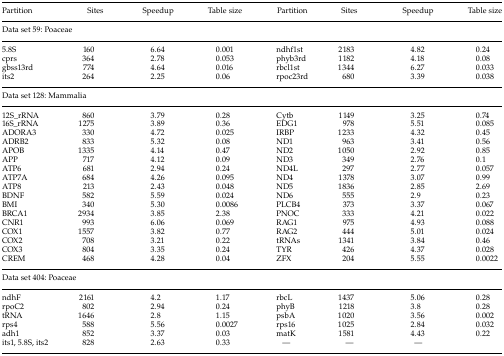
<table><thead><tr><td><b>Partition</b></td><td><b>Sites</b></td><td><b>Speedup</b></td><td><b>Table size</b></td><td><b>Partition</b></td><td><b>Sites</b></td><td><b>Speedup</b></td><td><b>Table size</b></td></tr><tr><td colspan="8"><b>Data set 59: Poaceae</b></td></tr></thead><tbody><tr><td>5.8S</td><td>160</td><td>6.64</td><td>0.001</td><td>ndhf1st</td><td>2183</td><td>4.82</td><td>0.24</td></tr><tr><td>cprs</td><td>364</td><td>2.78</td><td>0.053</td><td>phyb3rd</td><td>1182</td><td>4.18</td><td>0.08</td></tr><tr><td>gbss13rd</td><td>774</td><td>4.64</td><td>0.016</td><td>rbcl1st</td><td>1344</td><td>6.27</td><td>0.033</td></tr><tr><td>its2</td><td>264</td><td>2.25</td><td>0.06</td><td>rpoc23rd</td><td>680</td><td>3.39</td><td>0.038</td></tr><tr><td colspan="8">Data set 128: Mammalia</td></tr><tr><td>12S_rRNA</td><td>860</td><td>3.79</td><td>0.28</td><td>Cytb</td><td>1149</td><td>3.25</td><td>0.74</td></tr><tr><td>16S_rRNA</td><td>1275</td><td>3.89</td><td>0.36</td><td>EDG1</td><td>978</td><td>5.51</td><td>0.085</td></tr><tr><td>ADORA3</td><td>330</td><td>4.72</td><td>0.025</td><td>IRBP</td><td>1233</td><td>4.32</td><td>0.45</td></tr><tr><td>ADRB2</td><td>833</td><td>5.32</td><td>0.08</td><td>ND1</td><td>963</td><td>3.41</td><td>0.56</td></tr><tr><td>APOB</td><td>1335</td><td>4.14</td><td>0.47</td><td>ND2</td><td>1050</td><td>2.92</td><td>0.85</td></tr><tr><td>APP</td><td>717</td><td>4.12</td><td>0.09</td><td>ND3</td><td>349</td><td>2.76</td><td>0.1</td></tr><tr><td>ATP6</td><td>681</td><td>2.94</td><td>0.24</td><td>ND4L</td><td>297</td><td>2.77</td><td>0.057</td></tr><tr><td>ATP7A</td><td>684</td><td>4.26</td><td>0.095</td><td>ND4</td><td>1378</td><td>3.07</td><td>0.99</td></tr><tr><td>ATP8</td><td>213</td><td>2.43</td><td>0.048</td><td>ND5</td><td>1836</td><td>2.85</td><td>2.69</td></tr><tr><td>BDNF</td><td>582</td><td>5.59</td><td>0.024</td><td>ND6</td><td>555</td><td>2.9</td><td>0.23</td></tr><tr><td>BMI</td><td>340</td><td>5.30</td><td>0.0086</td><td>PLCB4</td><td>373</td><td>3.37</td><td>0.067</td></tr><tr><td>BRCA1</td><td>2934</td><td>3.85</td><td>2.38</td><td>PNOC</td><td>333</td><td>4.21</td><td>0.022</td></tr><tr><td>CNR1</td><td>993</td><td>6.06</td><td>0.069</td><td>RAG1</td><td>975</td><td>4.93</td><td>0.088</td></tr><tr><td>COX1</td><td>1557</td><td>3.82</td><td>0.77</td><td>RAG2</td><td>444</td><td>5.01</td><td>0.024</td></tr><tr><td>COX2</td><td>708</td><td>3.21</td><td>0.22</td><td>tRNAs</td><td>1341</td><td>3.84</td><td>0.46</td></tr><tr><td>COX3</td><td>804</td><td>3.35</td><td>0.24</td><td>TYR</td><td>426</td><td>4.37</td><td>0.028</td></tr><tr><td>CREM</td><td>468</td><td>4.28</td><td>0.04</td><td>ZFX</td><td>204</td><td>5.55</td><td>0.0022</td></tr><tr><td colspan="8">Data set404: Poaceae</td></tr><tr><td>ndhF</td><td>2161</td><td>4.2</td><td>1.17</td><td>rbcL</td><td>1437</td><td>5.06</td><td>0.28</td></tr><tr><td>rpoC2</td><td>802</td><td>2.94</td><td>0.24</td><td>phyB</td><td>1218</td><td>3.8</td><td>0.28</td></tr><tr><td>tRNA</td><td>1646</td><td>2.8</td><td>1.15</td><td>psbA</td><td>1020</td><td>3.56</td><td>0.002</td></tr><tr><td>rps4</td><td>588</td><td>5.56</td><td>0.0027</td><td>rps16</td><td>1025</td><td>2.84</td><td>0.032</td></tr><tr><td>adh1</td><td>852</td><td>3.37</td><td>0.03</td><td>matK</td><td>1581</td><td>4.43</td><td>0.22</td></tr><tr><td>its1, 5.8S, its2</td><td>828</td><td>2.63</td><td>0.33</td><td>—</td><td>—</td><td>—</td><td></td></tr></tbody></table>